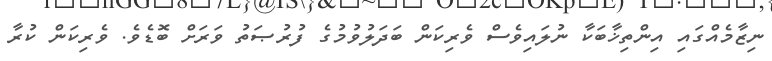
ނިޒާމެއްގައި އިންތިޚާބަކާ ނުލައިވެސް ވެރިކަން ބަދަލުވުމުގެ ފުރުޞަތު ވަރަށް ބޮޑެވެ. ވެރިކަން ކުރާ